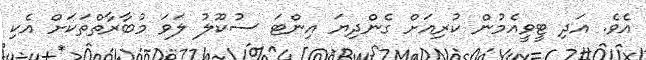
އެވެ. އަދި ޓީވީއެމުން ކުރިއަށް ގެންދިޔަ އިންޓަ ސުކޫލު ލަވަ މުބާރާތްތަކަށް އެކި